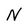
Character: N